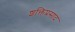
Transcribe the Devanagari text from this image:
शक्तिप्रसाद